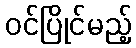
ဝင်ပြိုင်မည့်